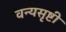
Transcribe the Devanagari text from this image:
वन्यसृष्टी